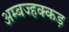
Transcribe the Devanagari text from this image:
अम्बज्हक्कड़